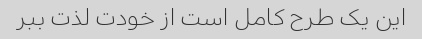
این یک طرح کامل است از خودت لذت ببر